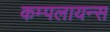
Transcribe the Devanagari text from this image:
कम्पलायन्स